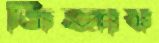
জিহ্বায়